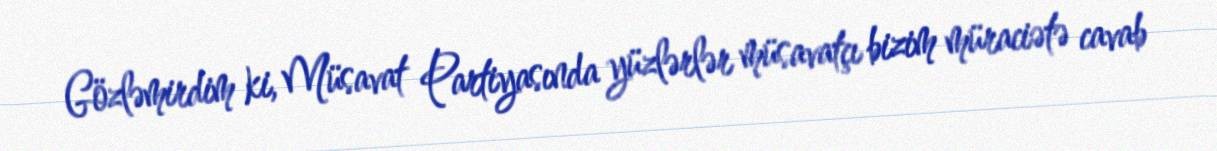
Gözləmirdim ki, Müsavat Partiyasında yüzlərlər müsavatçı bizim müraciətə cavab